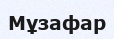
Мұзафар